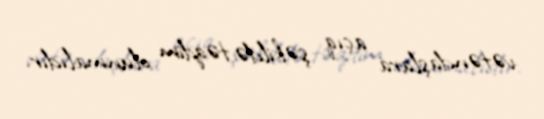
vətəndaşlara açıq şəkildə təqdim olunmalıdır.